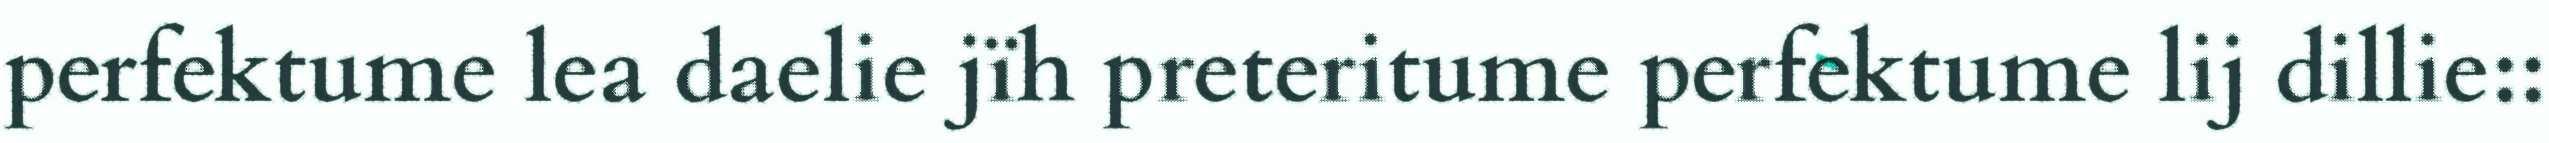
perfektume lea daelie jïh preteritume perfektume lij dillie::